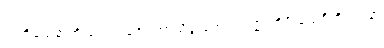
တတိယေနာတိ ဒေဝရာဇော အာသိတ္တတေလဝဏ္ဏာတိပိ ထေရီတိ ပါပနာ